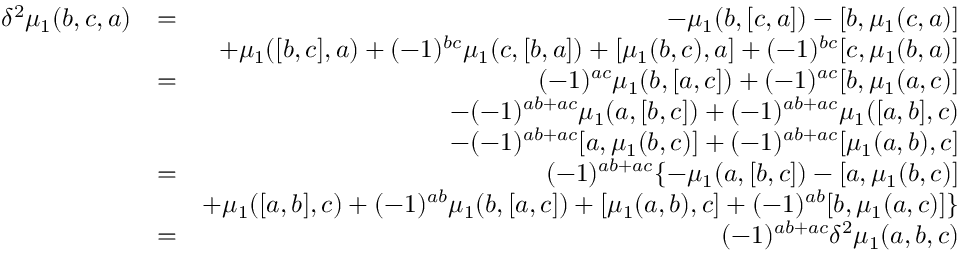
\begin{array} { r l r } { \delta ^ { 2 } \mu _ { 1 } ( b , c , a ) } & { = } & { - \mu _ { 1 } ( b , [ c , a ] ) - [ b , \mu _ { 1 } ( c , a ) ] } \\ & { } & { + \mu _ { 1 } ( [ b , c ] , a ) + ( - 1 ) ^ { b c } \mu _ { 1 } ( c , [ b , a ] ) + [ \mu _ { 1 } ( b , c ) , a ] + ( - 1 ) ^ { b c } [ c , \mu _ { 1 } ( b , a ) ] } \\ & { = } & { ( - 1 ) ^ { a c } \mu _ { 1 } ( b , [ a , c ] ) + ( - 1 ) ^ { a c } [ b , \mu _ { 1 } ( a , c ) ] } \\ & { } & { - ( - 1 ) ^ { a b + a c } \mu _ { 1 } ( a , [ b , c ] ) + ( - 1 ) ^ { a b + a c } \mu _ { 1 } ( [ a , b ] , c ) } \\ & { } & { - ( - 1 ) ^ { a b + a c } [ a , \mu _ { 1 } ( b , c ) ] + ( - 1 ) ^ { a b + a c } [ \mu _ { 1 } ( a , b ) , c ] } \\ & { = } & { ( - 1 ) ^ { a b + a c } \{ - \mu _ { 1 } ( a , [ b , c ] ) - [ a , \mu _ { 1 } ( b , c ) ] } \\ & { } & { + \mu _ { 1 } ( [ a , b ] , c ) + ( - 1 ) ^ { a b } \mu _ { 1 } ( b , [ a , c ] ) + [ \mu _ { 1 } ( a , b ) , c ] + ( - 1 ) ^ { a b } [ b , \mu _ { 1 } ( a , c ) ] \} } \\ & { = } & { ( - 1 ) ^ { a b + a c } \delta ^ { 2 } \mu _ { 1 } ( a , b , c ) } \end{array}